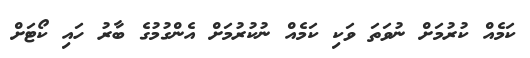
ކަމެއް ކުރުމަށް ނުވަތަ ވަކި ކަމެއް ނުކުރުމަށް އެންގުމުގެ ބާރު ހައި ކޯޓަށް